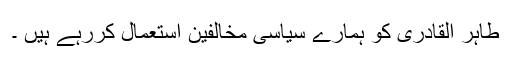
طاہر القادری کو ہمارے سیاسی مخالفین استعمال کررہے ہیں ۔